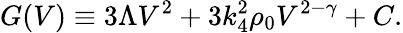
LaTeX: G(V)\equiv 3\Lambda V^{2}+3k_{4}^{2}\rho_{0}V^{2-\gamma}+C.